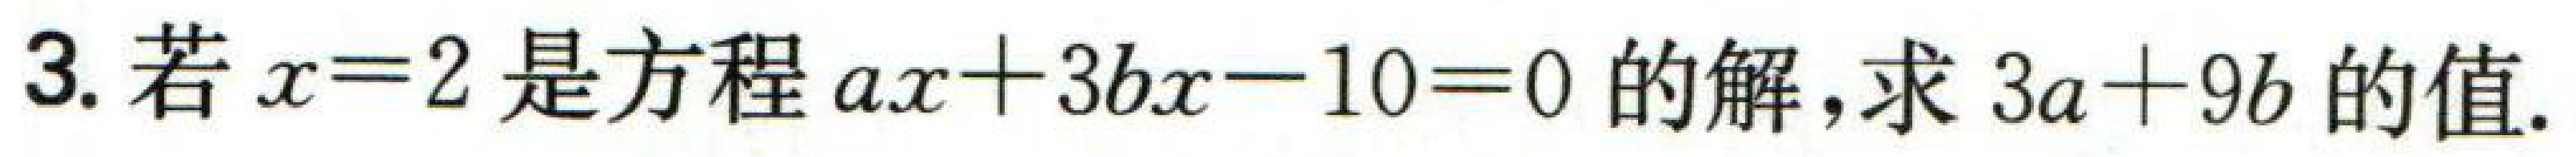
3.若\(x = 2\)是方程\(ax + 3bx - 10 = 0\)的解,求\(3a + 9b\)的值.